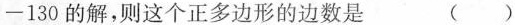
-130的解，则这个正多边形的边数是 ()